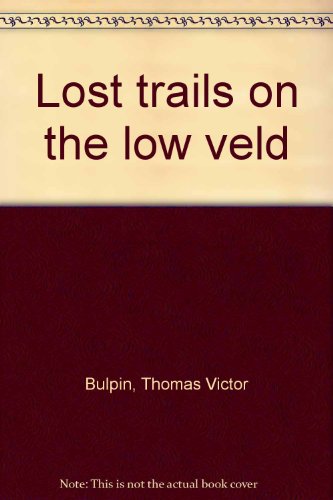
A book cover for Lost trails on the low veld; Thomas Victor Bulpin; Travel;